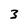
Character: 3